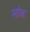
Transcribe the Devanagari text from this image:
स्टोव्ह